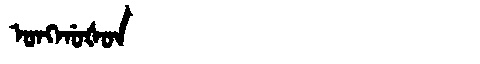
Manchu: ᠣᠩᡤᠣᡧᠣᠨ
Romanization: ONGGOŠON